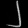
Digit: ၂